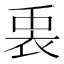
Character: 𮕵